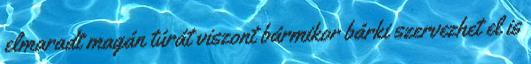
elmaradt magán túrát viszont bármikor bárki szervezhet el is